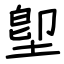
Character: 堲